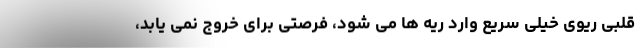
قلبی ریوی خیلی سریع وارد ریه ها می شود، فرصتی برای خروج نمی یابد،